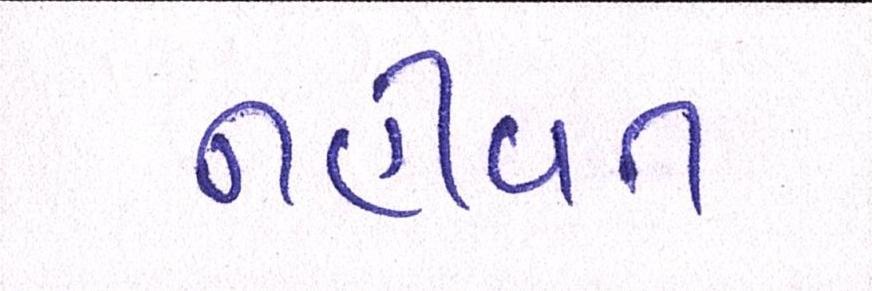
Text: નહીંવત